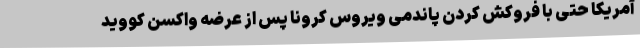
آمریکا حتی با فروکش کردن پاندمی ویروس کرونا پس از عرضه واکسن کووید